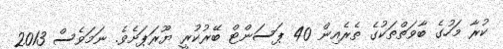
ކުރާ މަހުގެ ބާވަތްތަކުގެ ތެރެއިން 40 ޕަސަންޓް ބޭރުކުރީ ޔޫރަޕަށެވެ. ނަމަވެސް 2013